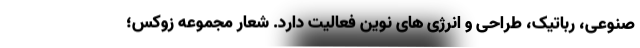
صنوعی، رباتیک، طراحی و انرژی های نوین فعالیت دارد. شعار مجموعه زوکس؛